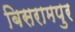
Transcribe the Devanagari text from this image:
बिसरामपुर